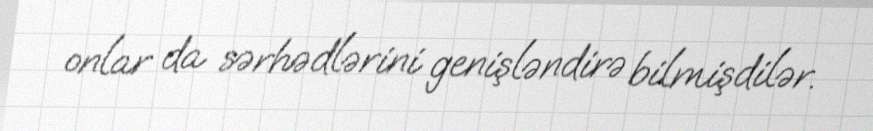
onlar da sərhədlərini genişləndirə bilmişdilər.